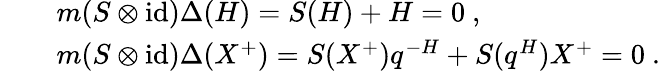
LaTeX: \begin{array}{rcl}{{}}&{{}}&{{m(S\otimes\mathrm{id})\Delta(H)=S(H)+H=0~,}}\\ {{}}&{{}}&{{m(S\otimes\mathrm{id})\Delta(X^{+})=S(X^{+})q^{-H}+S(q^{H})X^{+}=0~.}}\end{array}